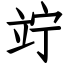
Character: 竚